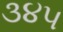
૩૪૫